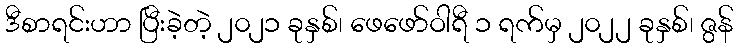
ဒီစာရင်းဟာ ပြီးခဲ့တဲ့ ၂၀၂၁ ခုနှစ်၊ ဖေဖော်ဝါရီ ၁ ရက်မှ ၂၀၂၂ ခုနှစ်၊ ဇွန်